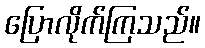
ပြောလိုက်ကြသည်။